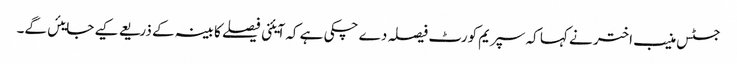
جسٹس منیب اختر نے کہا کہ سپریم کورٹ فیصلہ دے چکی ہے کہ آیئنی فیصلے کابینہ کے ذریعے کیے جایئں گے۔